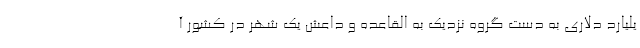
یلیارد دلاری به دست گروه نزدیک به القاعده و داعش یک شهر در کشور آ